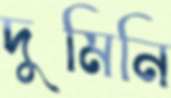
দুমিনি